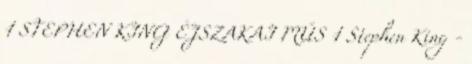
1 STEPHEN KING ÉJSZAKAI MŰS 1 Stephen King -